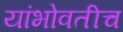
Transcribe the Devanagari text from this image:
यांभोवतीच